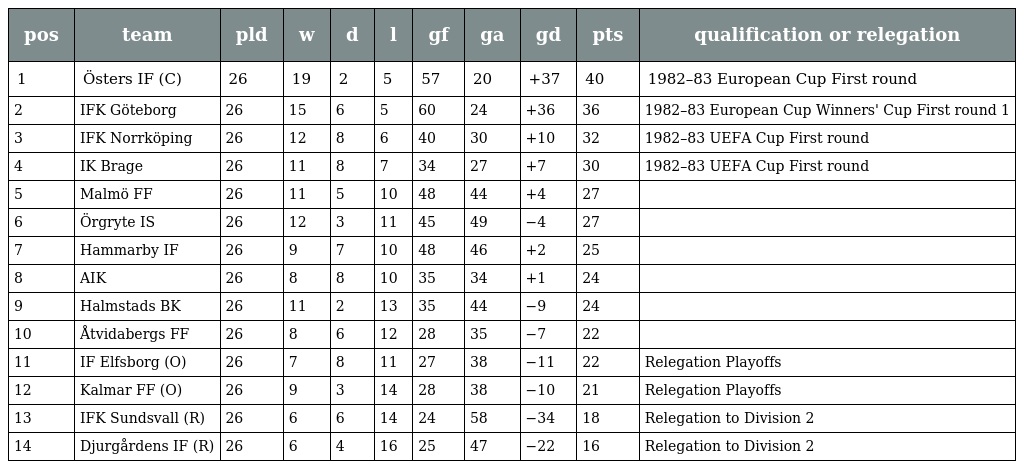
| pos | team | pld | w | d | l | gf | ga | gd | pts | qualification or relegation |
 | --- | --- | --- | --- | --- | --- | --- | --- | --- | --- | --- |
 | 1 | Östers IF (C) | 26 | 19 | 2 | 5 | 57 | 20 | +37 | 40 | 1982–83 European Cup First round |
 | 2 | IFK Göteborg | 26 | 15 | 6 | 5 | 60 | 24 | +36 | 36 | 1982–83 European Cup Winners' Cup First round 1 |
 | 3 | IFK Norrköping | 26 | 12 | 8 | 6 | 40 | 30 | +10 | 32 | 1982–83 UEFA Cup First round |
 | 4 | IK Brage | 26 | 11 | 8 | 7 | 34 | 27 | +7 | 30 | 1982–83 UEFA Cup First round |
 | 5 | Malmö FF | 26 | 11 | 5 | 10 | 48 | 44 | +4 | 27 |  |
 | 6 | Örgryte IS | 26 | 12 | 3 | 11 | 45 | 49 | −4 | 27 |  |
 | 7 | Hammarby IF | 26 | 9 | 7 | 10 | 48 | 46 | +2 | 25 |  |
 | 8 | AIK | 26 | 8 | 8 | 10 | 35 | 34 | +1 | 24 |  |
 | 9 | Halmstads BK | 26 | 11 | 2 | 13 | 35 | 44 | −9 | 24 |  |
 | 10 | Åtvidabergs FF | 26 | 8 | 6 | 12 | 28 | 35 | −7 | 22 |  |
 | 11 | IF Elfsborg (O) | 26 | 7 | 8 | 11 | 27 | 38 | −11 | 22 | Relegation Playoffs |
 | 12 | Kalmar FF (O) | 26 | 9 | 3 | 14 | 28 | 38 | −10 | 21 | Relegation Playoffs |
 | 13 | IFK Sundsvall (R) | 26 | 6 | 6 | 14 | 24 | 58 | −34 | 18 | Relegation to Division 2 |
 | 14 | Djurgårdens IF (R) | 26 | 6 | 4 | 16 | 25 | 47 | −22 | 16 | Relegation to Division 2 |